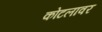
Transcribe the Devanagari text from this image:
कोटलावर